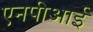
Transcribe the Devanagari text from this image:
एनपीआई